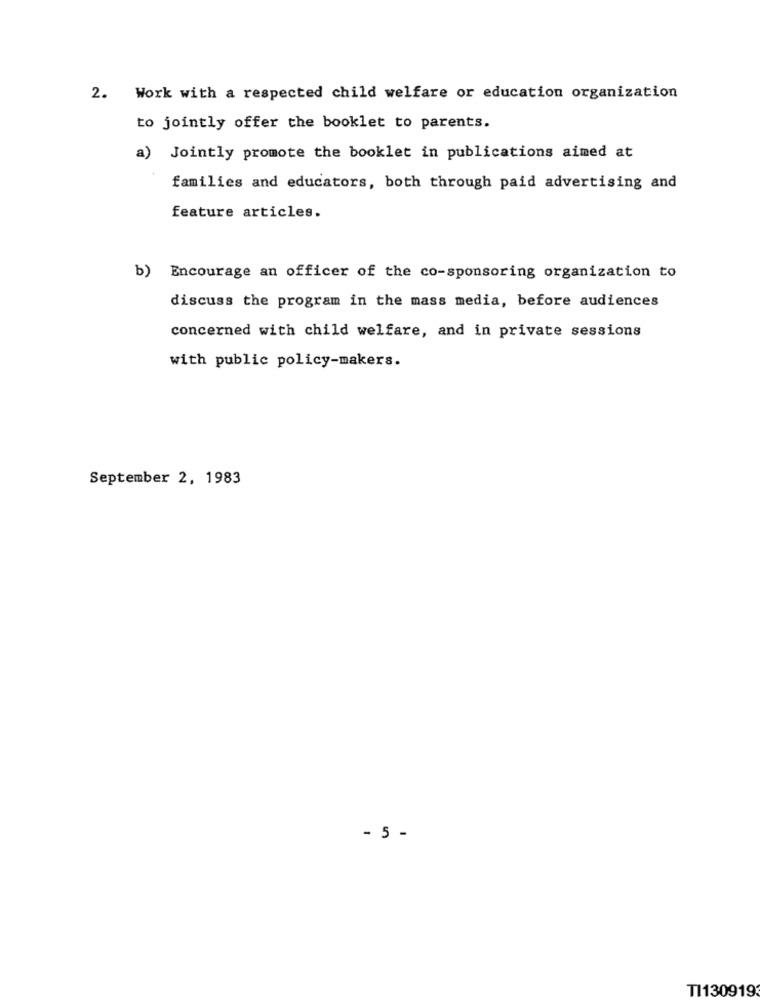
2. Work with a respected child welfare or education organization
to jointly offer the booklet to parents.
a)
Jointly promote the booklet in publications aimed at
families and educators, both through paid advertising and
feature articles.
b)
Encourage an officer of the co-sponsoring organization to
discuss the program in the mass media, before audiences
concerned with child welfare, and in private sessions
with public policy-makers.
September 2, 1983
- 5 -
TI130919